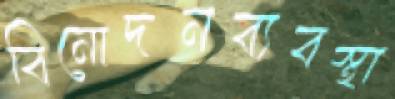
বিনোদনব্যবস্থা